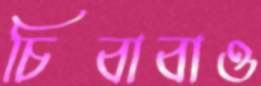
চিবাবাও